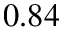
0 . 8 4